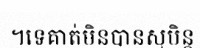
។ទេគាត់មិនបានសុបិន្ត